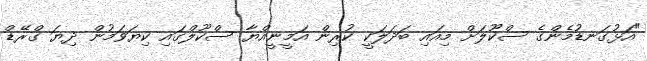
"އަޅުގަނޑުމެންގެ ސްކޫލަށް މިއައި ބަދަލަކީ ކުރިން އަމީނީއްޔާ ސްކޫލްގައި ކިޔަވަމުން ދިޔަ ގްރޭޑް